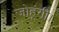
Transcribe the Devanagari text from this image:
जोहूंगी।